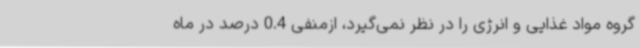
گروه مواد غذایی و انرژی را در نظر نمی‌گیرد، ازمنفی 0.4 درصد در ماه